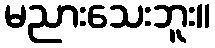
မညားသေးဘူး။